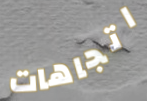
اتجاهات